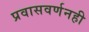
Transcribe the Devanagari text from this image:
प्रवासवर्णनही